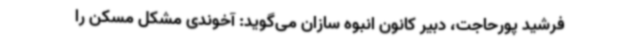
فرشید پورحاجت، دبیر کانون انبوه سازان می‌گوید: آخوندی مشکل مسکن را